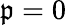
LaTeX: \mathfrak{p}=0